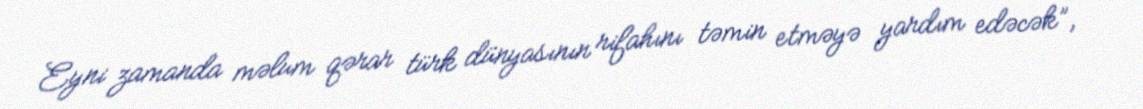
Eyni zamanda məlum qərar türk dünyasının rifahını təmin etməyə yardım edəcək”,